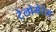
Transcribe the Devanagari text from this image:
टेलोमेरेस